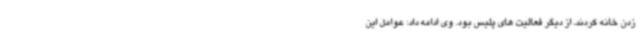
زدن خانه کردند، از دیگر فعالیت های پلیس بود. وی ادامه داد: عوامل این